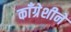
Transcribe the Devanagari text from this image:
काँग्रेशीने